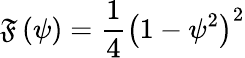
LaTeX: \mathfrak{F}\left(\psi\right)=\frac{{1}}{{4}}\left(1-\psi^{2}\right)^{2}